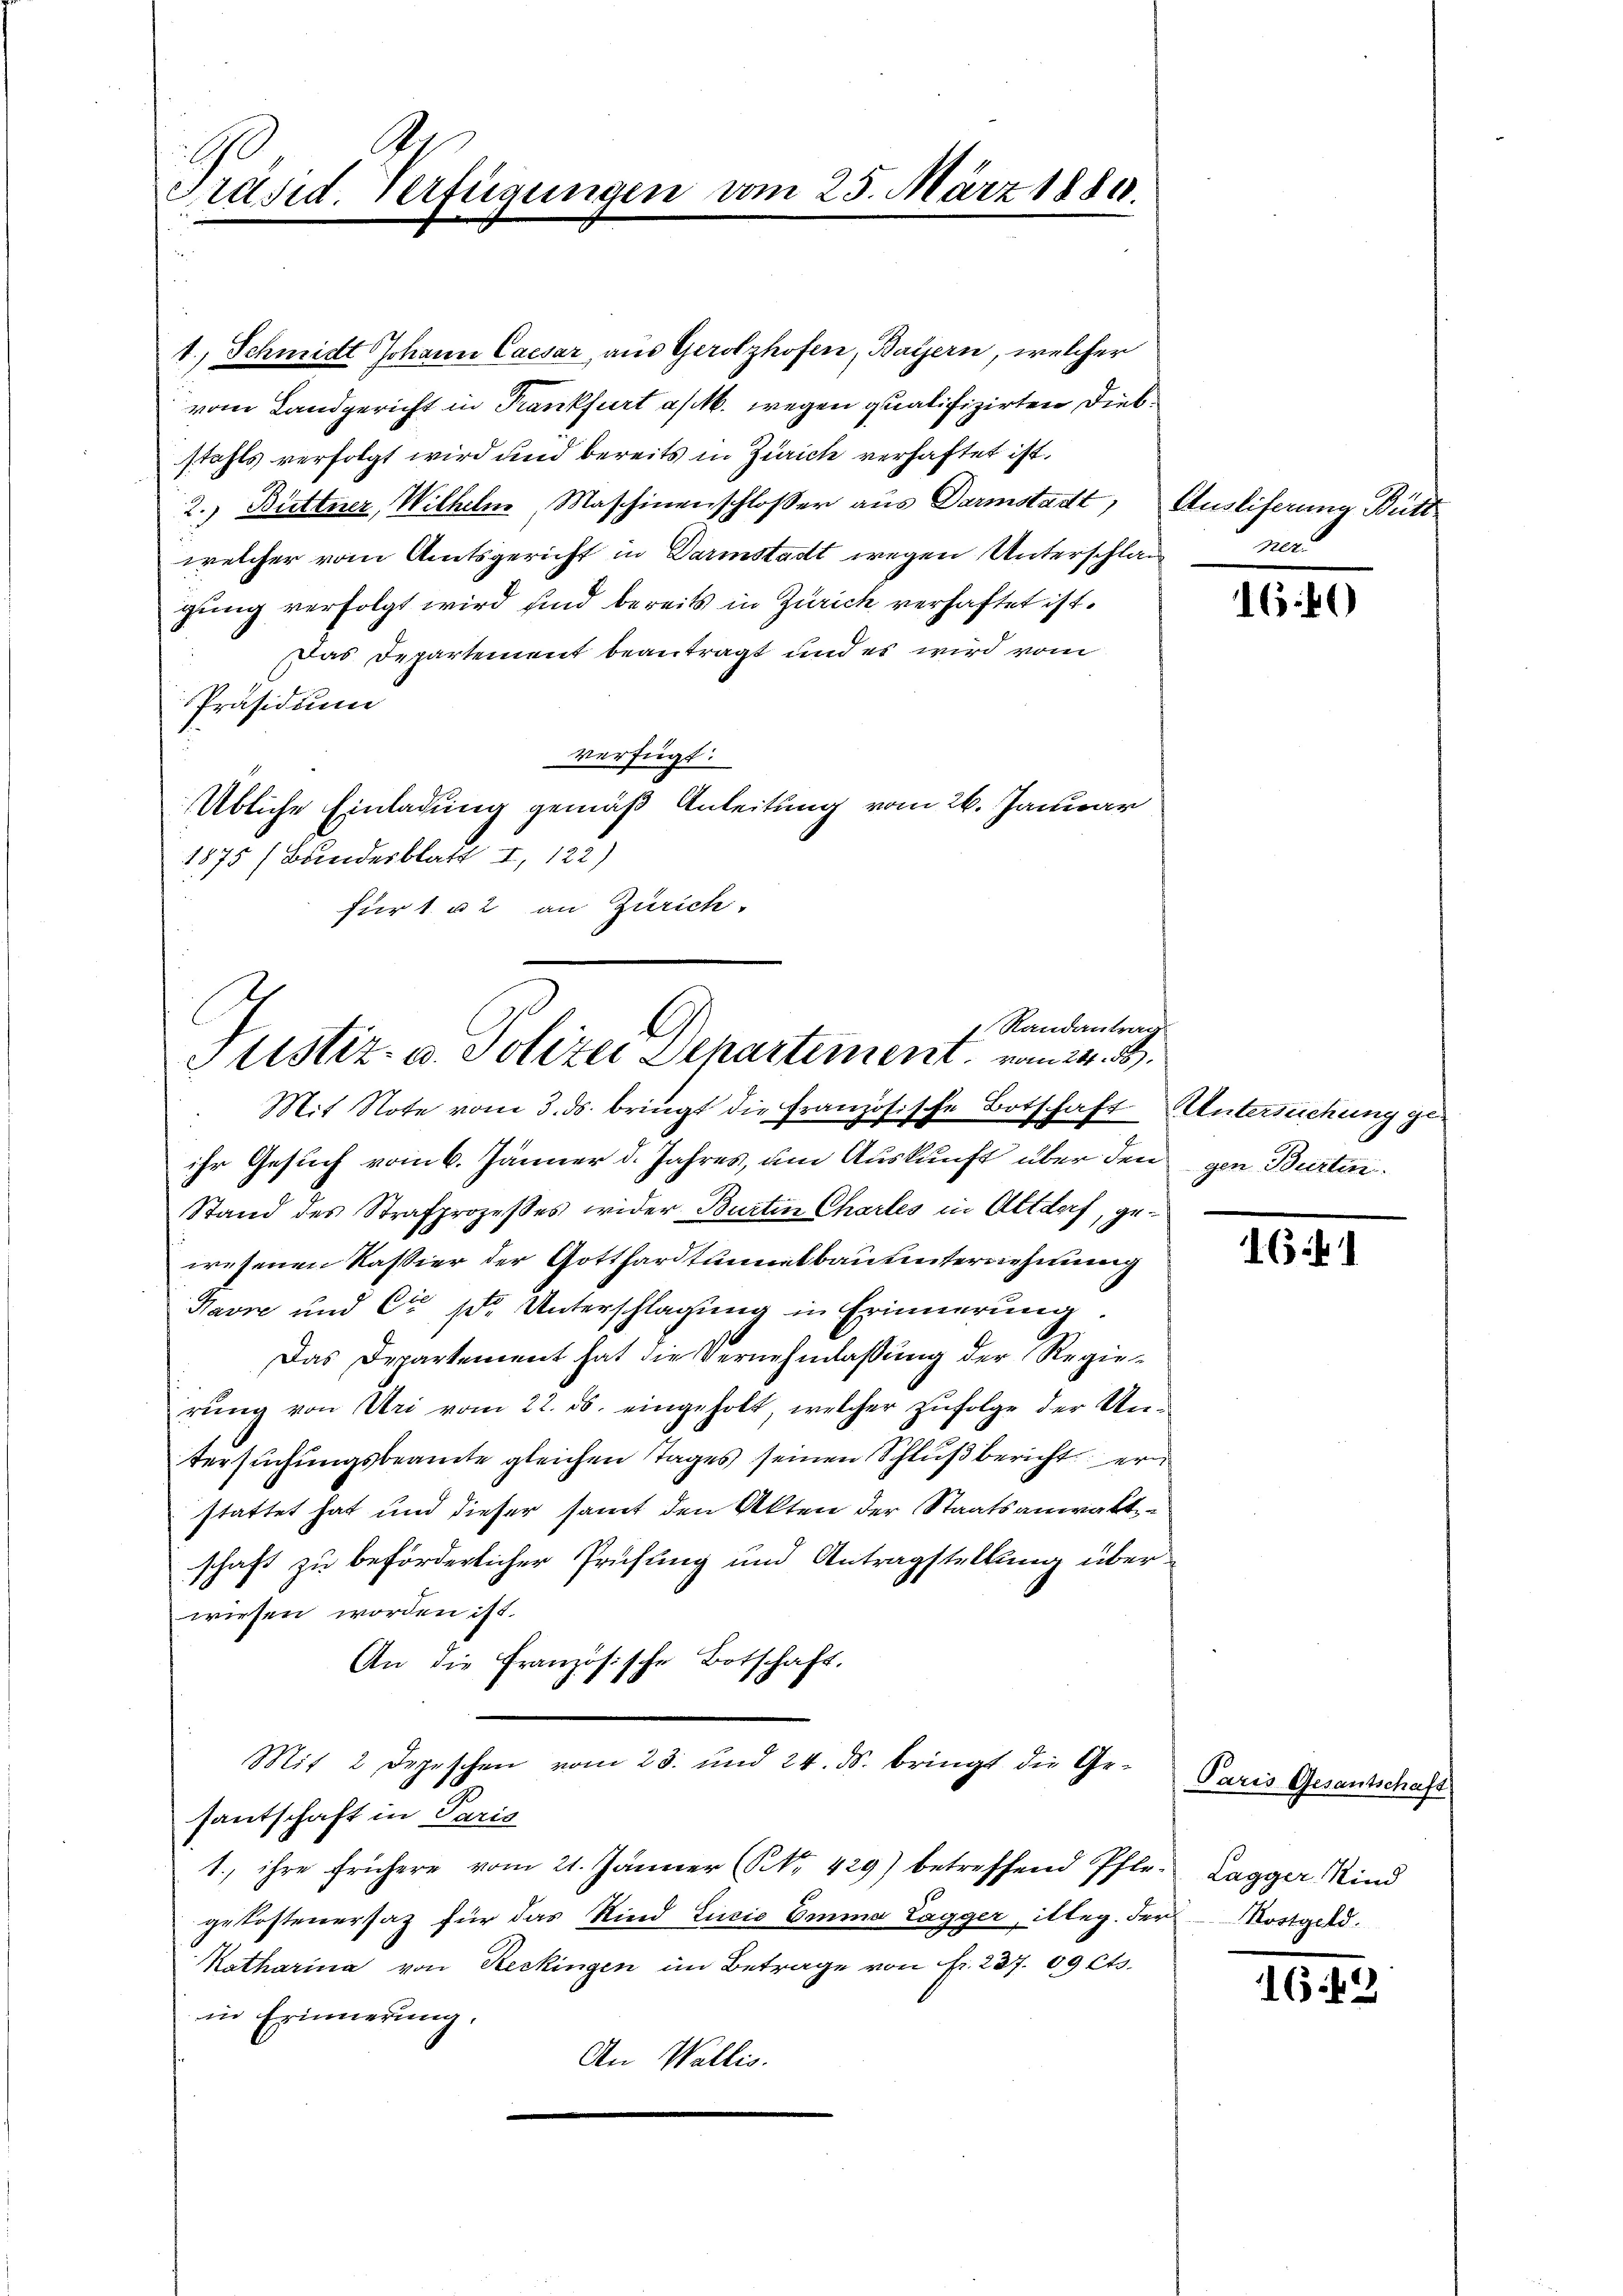
Präsid. Verfügungen vom 25. März 1889.

1., Schmidt Johann Caesar, aus Gerolzhofen, Bayern, welcher
vom Landgericht in Frankfurt a/M. wegen qualifizirten Diebstahls verfolgt wird und bereits in Zürich verhaftet ist.
2.) Büttner, Wilhelm, Maschinenschloßer aus Darmstadt, Auslieferung Butt
welcher vom Amtsgericht in Darmstadt wegen Unterschlag
gung verfolgt wird sind bereits in Zürich verhaftet ist.
Das Departement beantragt und es wird vom
Präsidium
verfügt:
Übliche Einladung gemäß Anleitung vom 26. Januar
1875 (Bundesblatt I, 122)
für 1 u 2 an Zürich.
ihr Gesuch vom 6. Jänner d. Jahres, um Auskunft über den gen Burten.
Stand des Strafprozesses wider Burtin Charles in Altdorf, gewesenen Kassier der Gotthardtunnelbau unternehmung
Havre und Cr sr. Unterschlagung in Erinnerung
Das Departement hat die Vernehmlassung der Regierung von Uri vom 22. ds. eingeholt, welcher zufolge der Untersuchungsbeamte gleichen Tages seinen Schluß bericht er
stattet hat und dieser samt den Akten der Staatsanwalt
schaft zu beförderlicher Prüfung und Antragstellung über
wiesen worden ist.
An die Französische Botschaft.
1
Mit 2 Depeschen vom 23. und 24. ds. bringt die Gesantschaft in Paris
1. ihre frühere vom 21. Jänner (NNo. 429) betreffend Pfle- Lagger Kind
gekostenersatz für das Kind Luzia Emma Lagger, illeg. der Kostgeld.
Katharina von Reckingen im Betrage von Fr. 237. 09 Cts.
in Erinnerung.
An Wallis.

Randantrag
Justiz- u. Polizei Departement vom 24. 8.

Mit Note vom 3. ds. bringt die Französische Botschaft Untersuchung ge¬

Alt.

1640

16

1642

Paris Gesantschaft